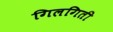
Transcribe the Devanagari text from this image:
गिलगिती